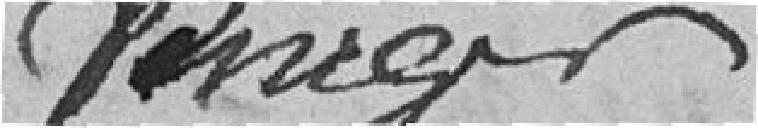
Burger